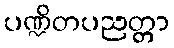
ပဏ္ဍိတပညတ္တာ